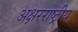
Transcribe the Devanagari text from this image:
अक्षरराष्ट्रीय